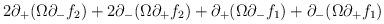
LaTeX: \begin{align*}2 \partial_+ ( \Omega \partial_- f_2 )+ 2 \partial_- ( \Omega \partial_+ f_2 )+ \partial_+ ( \Omega \partial_- f_1 )+ \partial_- ( \Omega \partial_+ f_1 )\end{align*}